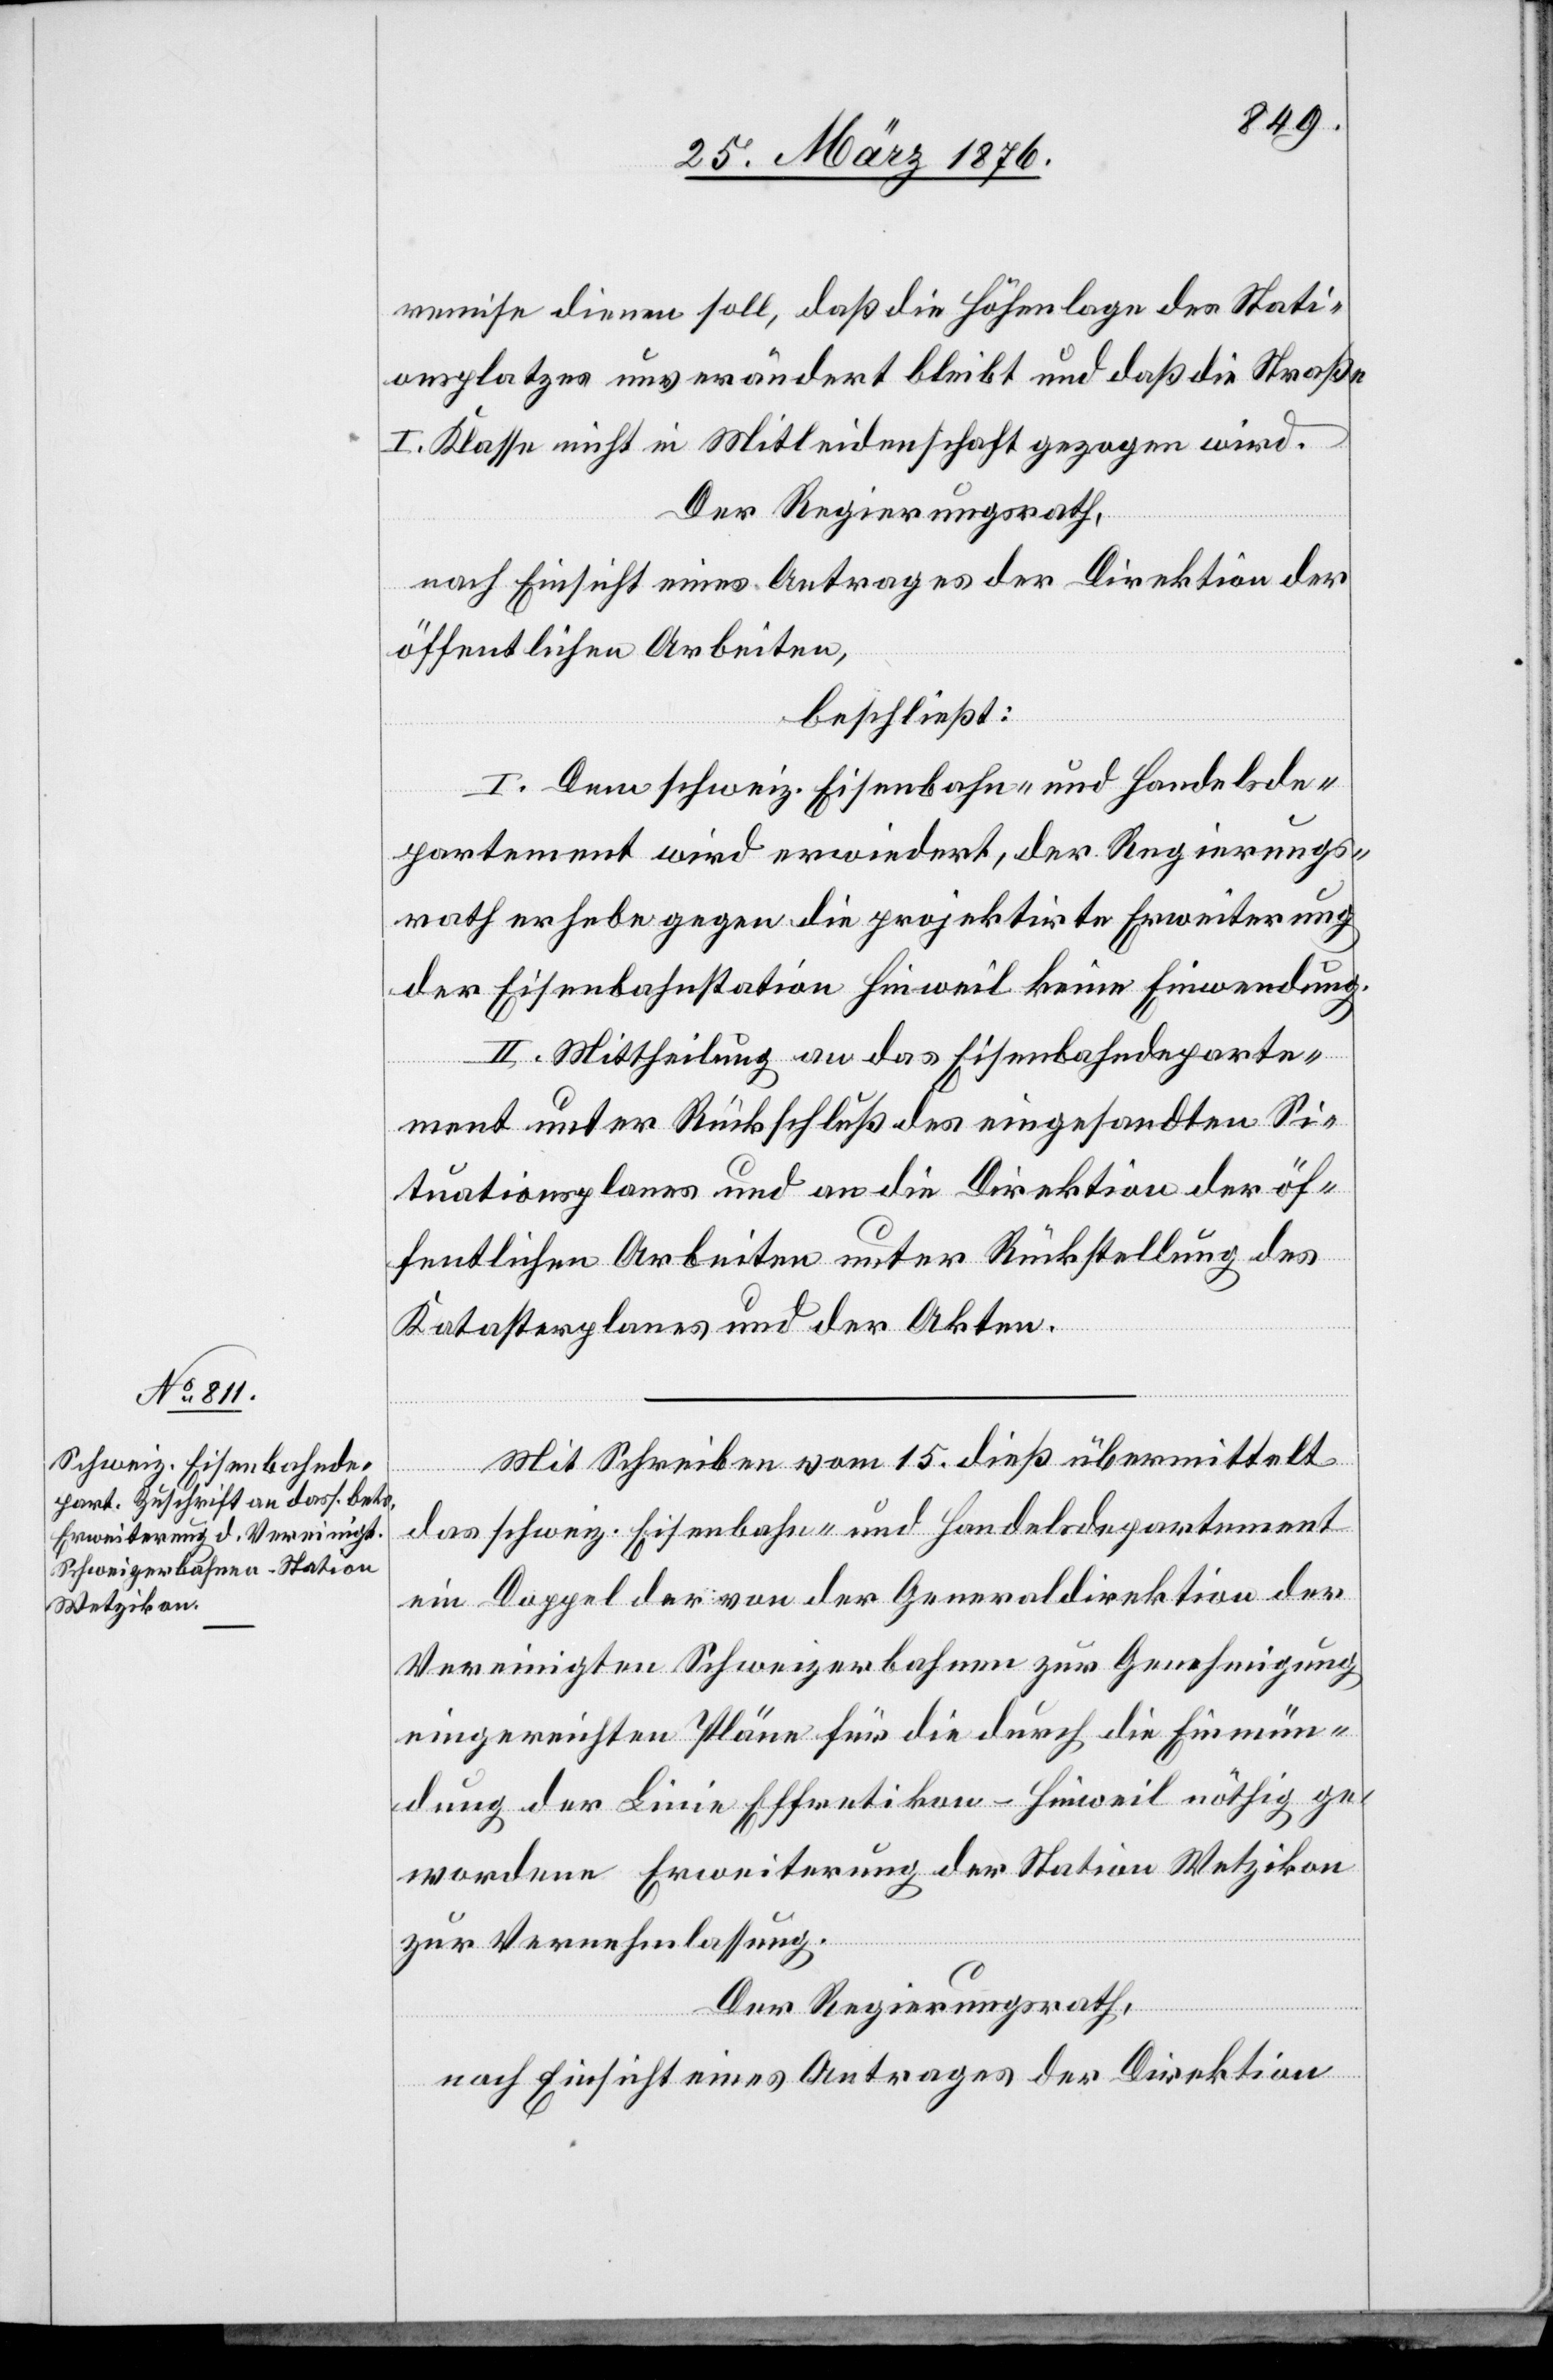
remise dienen soll, daß die Höhenlage des Stati¬
onsplatzes unverändert bleibt und daß die Straße
I. Klasse nicht in Mitleidenschaft gezogen wird.
Der Regierungsrath,
nach Einsicht eines Antrages der Direktion der
öffentlichen Arbeiten,
beschließt:
I. Dem schweiz. Eisenbahn- und Handelsde¬
partement wird erwiedert, der Regierungs¬
rath erhebe gegen die projektirte Erweiterung
der Eisenbahnstation Hinweil keine Einwendung.
II. Mittheilung an das Eisenbahndeparte¬
ment unter Rückschluß des eingesandten Si¬
tuationsplanes und an die Direktion der öf¬
fentlichen Arbeiten unter Rückstellung des
Katasterplanes und der Akten.
Mit Schreiben vom 15. dieß übermittelt
das schweiz. Eisenbahn- und Handelsdepartement
ein Doppel der von der Generaldirektion der
Vereinigten Schweizerbahnen zur Genehmigung
eingereichten Pläne für die durch die Einmün¬
dung der Linie Effretikon–Hinweil nöthig ge¬
wordene Erweiterung der Station Wetzikon
zur Vernehmlassung.
Der Regierungsrath,
nach Einsicht eines Antrages der Direktion